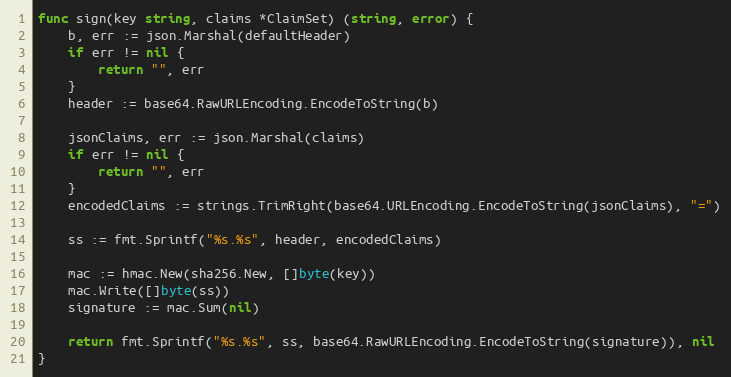
Language: Go
func sign(key string, claims *ClaimSet) (string, error) {
	b, err := json.Marshal(defaultHeader)
	if err != nil {
		return "", err
	}
	header := base64.RawURLEncoding.EncodeToString(b)

	jsonClaims, err := json.Marshal(claims)
	if err != nil {
		return "", err
	}
	encodedClaims := strings.TrimRight(base64.URLEncoding.EncodeToString(jsonClaims), "=")

	ss := fmt.Sprintf("%s.%s", header, encodedClaims)

	mac := hmac.New(sha256.New, []byte(key))
	mac.Write([]byte(ss))
	signature := mac.Sum(nil)

	return fmt.Sprintf("%s.%s", ss, base64.RawURLEncoding.EncodeToString(signature)), nil
}